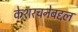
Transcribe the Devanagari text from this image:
केशरचनेबद्दल